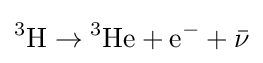
{}^{3}{\text{H}}\rightarrow {}^{3}{\text{He}}+{\text{e}}^{-}+{\bar {\nu }}